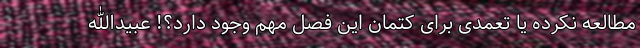
مطالعه نکرده یا تعمدی برای کتمان این فصل مهم وجود دارد؟! عبید‌الله